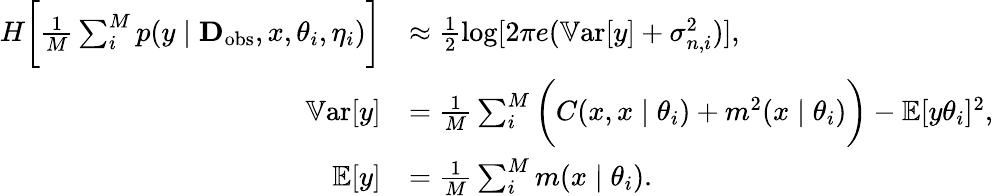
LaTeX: \begin{array}{rl}{H\bigg[\frac{1}{M}\sum_{i}^{M}p(y\mid\textbf{D}_{\mathrm{obs}},x,\theta_{i},\eta_{i})\bigg]}&{\approx\frac{1}{2}\log[2\pi e(\mathbb{V}\mathrm{ar}[y]+\sigma_{n,i}^{2})],}\\ {\mathbb{V}\mathrm{ar}[y]}&{=\frac{1}{M}\sum_{i}^{M}\bigg(C(x,x\mid\theta_{i})+m^{2}(x\mid\theta_{i})\bigg)-\mathbb{E}[y\theta_{i}]^{2},}\\ {\mathbb{E}[y]}&{=\frac{1}{M}\sum_{i}^{M}m(x\mid\theta_{i}).}\end{array}